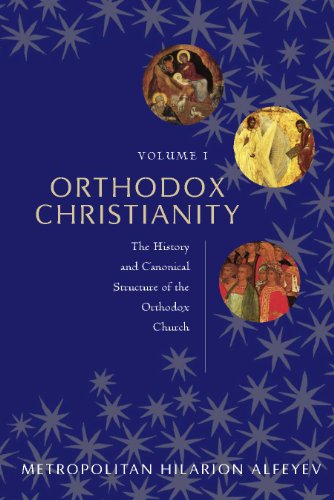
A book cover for Orthodox Christianity Volume I: The History and Canonical Structure of the Orthodox Church; Metropolitan Hilarion Alfeyev; Christian Books & Bibles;